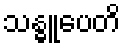
သန္ဓူပေတိ